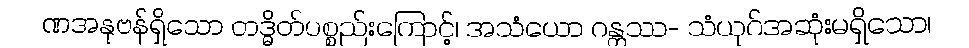
ဏအနုဗန်ရှိသော တဒ္ဓိတ်ပစ္စည်းကြောင့်၊ အသံယော ဂန္တဿ- သံယုဂ်အဆုံးမရှိသော၊